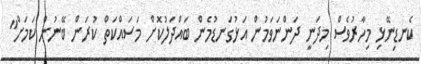
ކެނޑިނޭޅި މިހާރުވެސް މިދަނީ ދަންނަވަމުން އަޅުގަނޑުމެން ބައްދަލުކޮށް މަސައްކަތް ކުރަން ބޭނުން ކަމަށް"